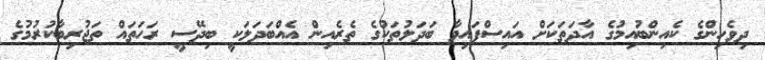
ދިވެހިންގެ ކެއިންބުއިމުގެ އާދަތަކަށް އައިސްފައިވާ ބަދަލުތަކުގެ ތެރެއިން އެއްބަދަލަކީ ބިދޭސީ ރަހަތައް ތަޖުރިބާކުރުމުގެ